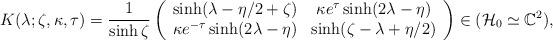
LaTeX: \begin{align*}K(\lambda ;\zeta ,\kappa ,\tau )=\frac{1}{\sinh \zeta }\left( \begin{array}{cc}\sinh (\lambda -\eta /2+\zeta ) & \kappa e^{\tau }\sinh (2\lambda -\eta ) \\ \kappa e^{-\tau }\sinh (2\lambda -\eta ) & \sinh (\zeta -\lambda +\eta /2)\end{array}\right) \in (\mathcal{H}_{0}\simeq \mathbb{C}^{2}), \end{align*}